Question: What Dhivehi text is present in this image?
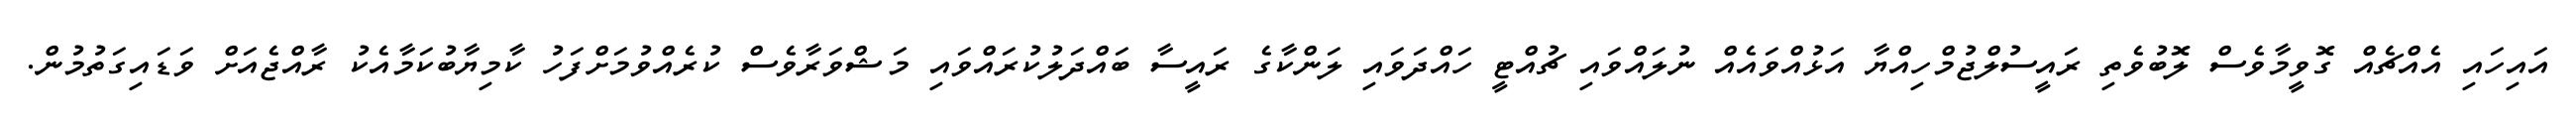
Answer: އައިހައި އެއްޗެއް ގޮވީމާވެސް ލޮބުވެތި ރައީސުލްޖުމްހިއްޔާ އަޅުއްވައެއް ނުލައްވައި ޗުއްޓީ ހައްދަވައި ލަންކާގެ ރައީސާ ބައްދަލުކުރައްވައި މަޝްވަރާވެސް ކުރެއްވުމަށްފަހު ކާމިޔާބުކަމާއެކު ރާއްޖެއަށް ވަޑައިގަތުމުން.